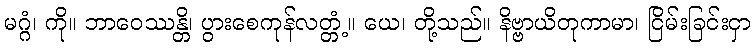
မဂ္ဂံ၊ ကို။ ဘာဝေဿန္တိ၊ ပွားစေကုန်လတ္တံ့။ ယေ၊ တို့သည်။ နိဗ္ဗာယိတုကာမာ၊ ငြိမ်းခြင်းငှာ